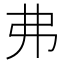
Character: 弗